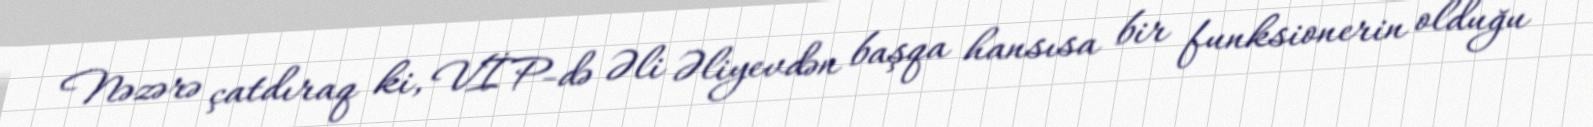
Nəzərə çatdıraq ki, VİP-də Əli Əliyevdən başqa hansısa bir funksionerin olduğu